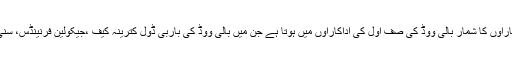
ان کی متعارف کرائی گئی ادکاراؤں کا شمار بالی ووڈ کی صف اول کی اداکاراؤں میں ہوتا ہے جن میں بالی ووڈ کی باربی ڈول کترینہ کیف ،جیکولین فرنینڈس، سنی لیونی سمیت دیگر شامل ہیں۔